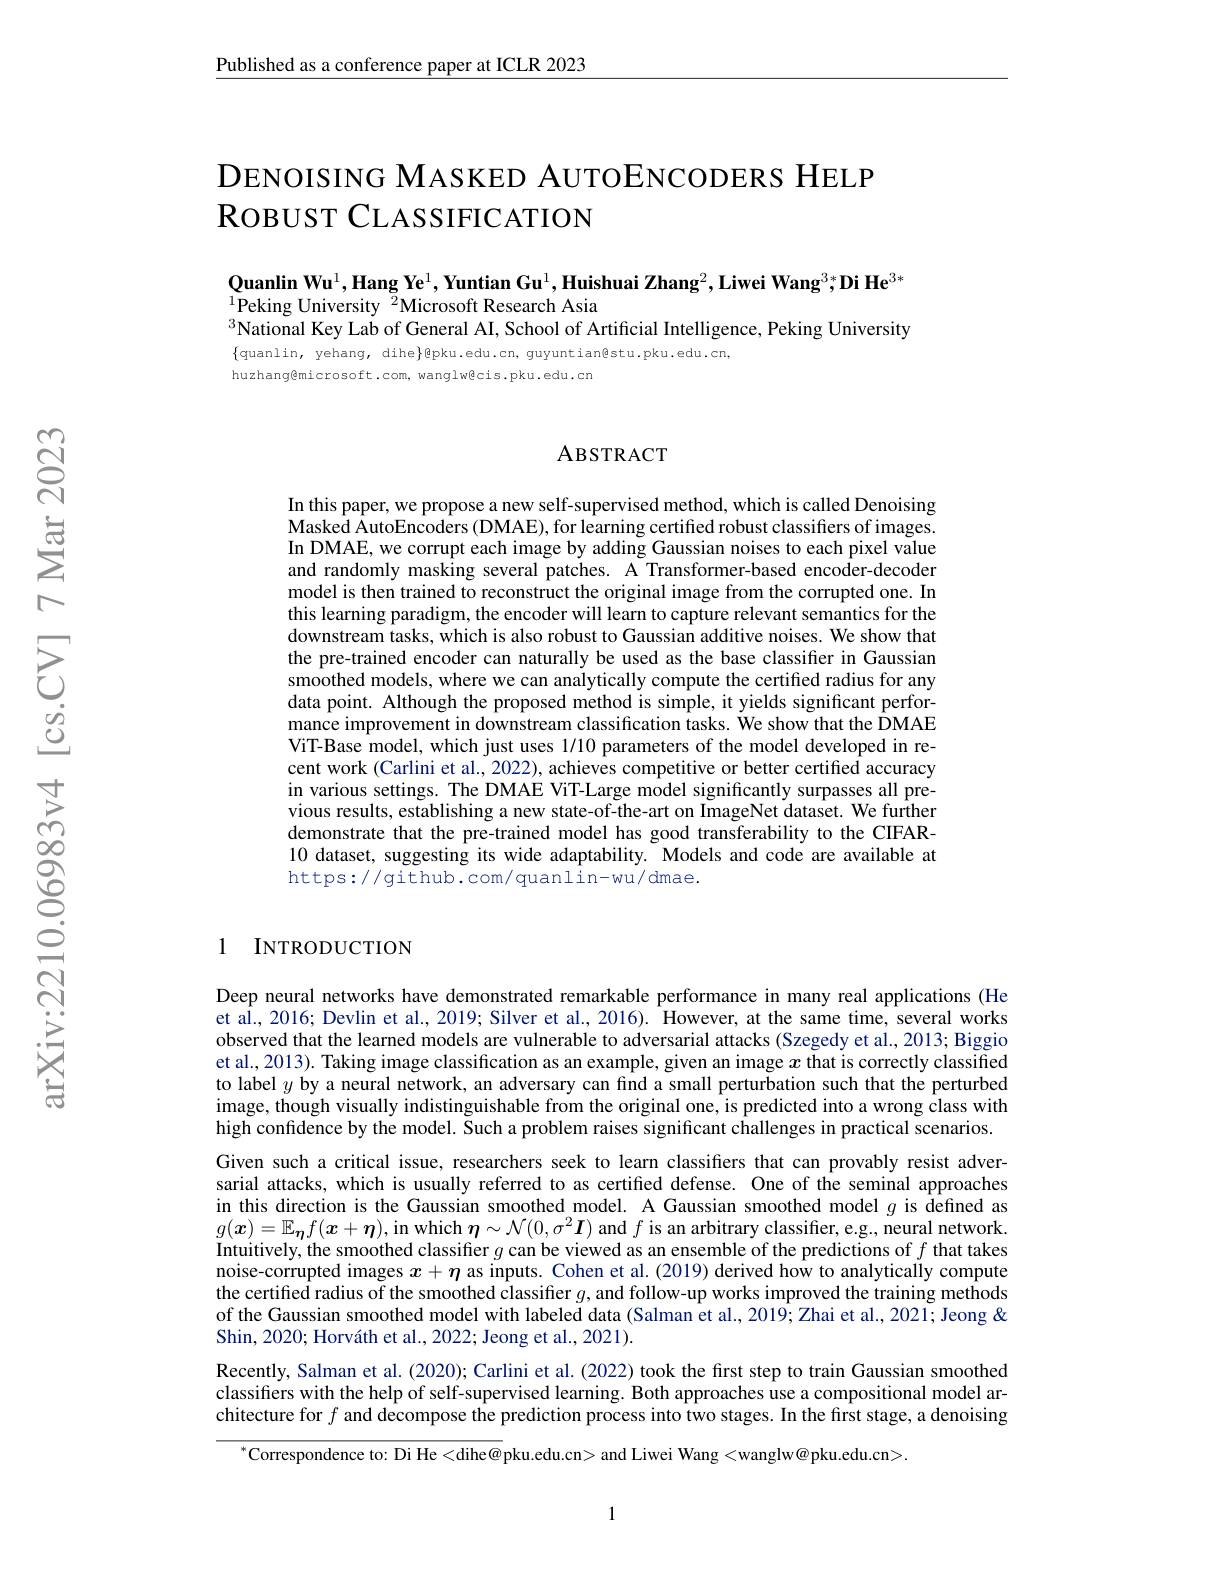
Published as a conference paper at ICLR 2023

DENOISING MASKED AUTOENCODERS HELP
RoвUST CLASSIFICATION

$Q\text{uanlin Wu}^1$,Hang Ye$^1,\textbf{Yuntian Gu}^1,\textbf{Huishuai Zhang}^2,\textbf{Liwei Wang}^3;\textbf{Di He}^{3*}$
$^{1}$Peking University $^{\bar{2}}$Microsoft Research Asia
$^{3}$National Key Lab of General AI, School of Artificial Intelligence, Peking University

$\{$quanlin, yehang, dihe$\}$@pku.edu.cn, guyuntian@stu.pku.edu.cn,

huzhang@microsoft.com, wanglwêcis.pku.edu.cn

### ABSTRACT

In this paper, we propose a new self-supervised method, which is called Denoising Masked AutoEncoders (DMAE), for learning certifed robust classifiers of images. In DMAE, we corrupt each image by adding Gaussian noises to each pixel value and randomly masking several patches. A Transformer-based encoder-decoder model is then trained to reconstruct the original image from the corrupted one. In this learning paradigm, the encoder will learn to capture relevant semantics for the downstream tasks, which is also robust to Gaussian additive noises. We show that the pre-trained encoder can naturally be used as the base classifier in Gaussian smoothed models, where we can analytically compute the certified radius for any data point. Although the proposed method is simple, it yields significant perfor- $\hat{\text{mance improvement in downstream classification tasks. We show that the DMAE}}$ ViT-Base model, which just uses 1/10 parameters of the model developed in recent work (Carlini et al., 2022), achieves competitive or better certified accuracy in various settings. The DMAE ViT-Large model significantly surpasses all previous results, establishing a new state-of-the-art on ImageNet dataset. We further demonstrate that the pre-trained model has good transferability to the CIFAR- 10 dataset, suggesting its wide adaptability. Models and code are available at https://github.com/quanlin-wu/dmae.

1 INTRODUCTION

Deep neural networks have demonstrated remarkable performance in many real applications (He et al., 2016; Devlin et al., 2019; Silver et al., 2016). However, at the same time, several works observed that the learned models are vulnerable to adversarial attacks (Szegedy et al., 2013; Biggio et al., 2013). Taking image classification as an example, given an image $x$ that is correctly classified to label $y$ by a neural network, an adversary can find a small perturbation such that the perturbed image, though visually indistinguishable from the original one, is predicted into a wrong class with high confidence by the model. Such a problem raises significant challenges in practical scenarios. Given such a critical issue, researchers seek to learn classifiers that can provably resist adversarial attacks, which is usually referred to as certifed defense. One of the seminal approaches in this direction is the Gaussian smoothed model. A Gaussian smoothed model $g$ is defined as $g(\boldsymbol{x})=\mathbb{E}_{\boldsymbol{\eta}}f(\boldsymbol{x}+\boldsymbol{\eta})$,in which $\boldsymbol{\eta}\sim\mathcal{N}(0,\sigma^2\boldsymbol{I})$ and $f$ is an arbitrary classifier, e.g., neural network. Intuitively, the smoothed classifier $g$ can be viewed as an ensemble of the predictions of $f$ that takes noise-corrupted images $x+\eta$ as inputs. Cohen et al.(2019) derived how to analytically compute the certified radius of the smoothed classifier $g$,and follow-up works improved the training methods of the Gaussian smoothed model with labeled data (Salman et al.,2019; Zhai et al., 2021; Jeong & Shin, 2020; Horváth et al., 2022; Jeong et al., 2021).
Recently, Salman et al. (2020); Carlini et al. (2022) took the first step to train Gaussian smoothed classifers with the help of self-supervised learning. Both approaches use a compositional model architecture for $f$ and decompose the prediction process into two stages. In the first stage, a denoising

$^{*}$Correspondence to: Di He<dihe@ pku.edu.cn> and Liwei Wang <wanglw@pku.edu.cn>.

1